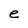
Character: e